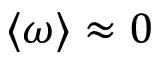
\langle \omega \rangle \approx 0